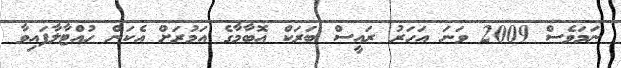
ނަމަވެސް 2009 ވަނަ އަހަރު ރައީސް ބަރަކް އޮބާމާގެ އަމުރަށް އެކަން ހުއްޓާލާފައިވާ